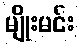
မျိုးမင်း